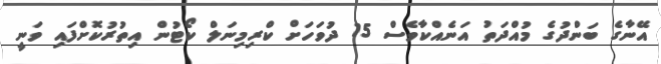
އޭނާގެ ބަންދުގެ މުއްދަތު އަނެއްކާވެސް 15 ދުވަހަށް ކްރިމިނަލް ކޯޓުން އިތުރުކޮށްފައި ވަނީ